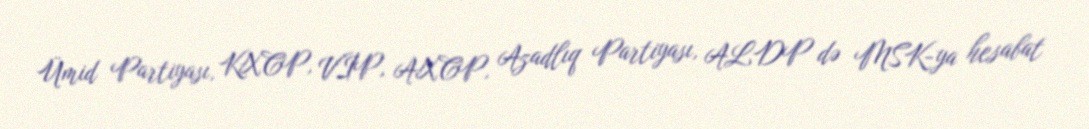
Ümid Partiyası, KXCP, VİP, AXCP, Azadlıq Partiyası, ALDP də MSK-ya hesabat